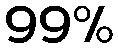
99%